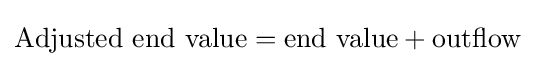
{\text{Adjusted end value}}={\text{end value}}+{\text{outflow}}